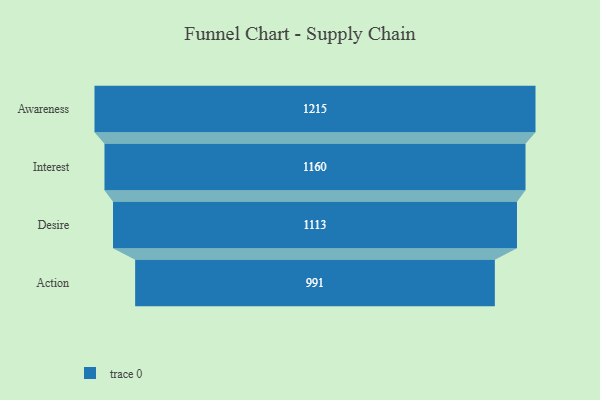
{"axis": {"x": "Stage", "y": "Value"}, "legend": [""], "data": [{"x": "Awareness", "y": 1215.0, "type": ""}, {"x": "Interest", "y": 1160.0, "type": ""}, {"x": "Desire", "y": 1113.0, "type": ""}, {"x": "Action", "y": 991.0, "type": ""}]}